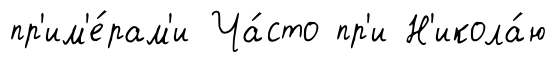
пр'им'е́рам'и Ча́сто пр'и Н'икола́ю